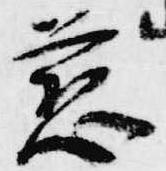
慈